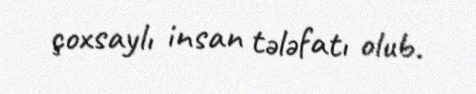
çoxsaylı insan tələfatı olub.